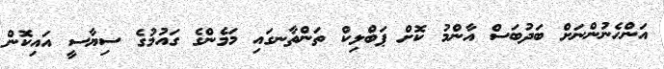
އަންހެނުންނަށް ބަދުބަސް އާންމު ކޮށް ޕަބްލިކް ތަންތާނގައި މަމެންގެ ގައުމުގެ ސިޔާސީ އައިކޮން